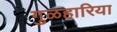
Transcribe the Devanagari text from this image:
गुळहारिया